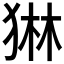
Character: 𭸓